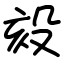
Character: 㱾